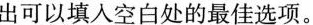
出可以填入空白处的最佳选项。